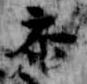
参